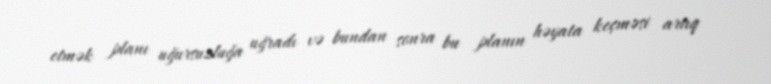
etmək planı uğursuzluğa uğradı və bundan sonra bu planın həyata keçməsi artıq